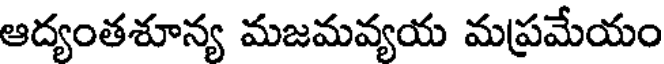
ఆద్యంతశూన్య మజమవ్యయ మప్రమేయం